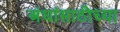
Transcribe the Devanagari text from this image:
अंधांसाठीच्या